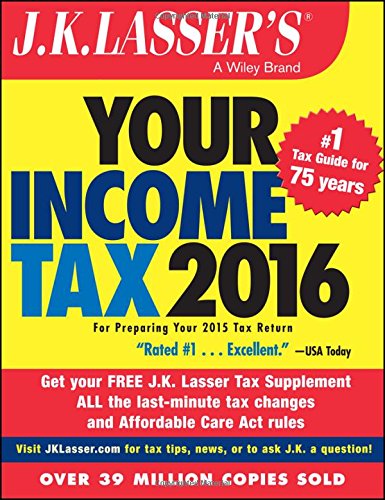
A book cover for J.K. Lasser's Your Income Tax 2016: For Preparing Your 2015 Tax Return; J.K. Lasser Institute; Business & Money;